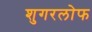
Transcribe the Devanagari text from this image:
शुगरलोफ